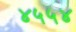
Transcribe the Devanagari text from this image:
४५५४